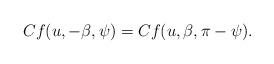
LaTeX: \begin{align*} Cf(u,-\beta,\psi)=Cf(u,\beta,\pi-\psi). \end{align*}